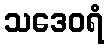
သဒေဝရံ